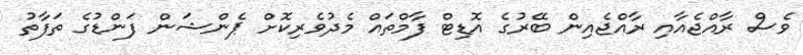
ވެސް ރާއްޖެއާއި ރާއްޖެއިން ބޭރުގެ އޮޑިޓް ފާމްތައް މެދުވެރިކޮށް ޕެންޝަން ފަންޑުގެ ތަފާތު